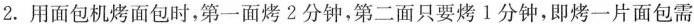
2. 用面包机烤面包时，第一面烤2分钟，第二面只要烤1分钟，即烤一片面包需